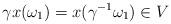
LaTeX: \begin{align*}\gamma x(\omega_1) = x(\gamma^{-1} \omega_1) \in V\end{align*}